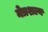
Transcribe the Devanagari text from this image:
नेत्रशल्य